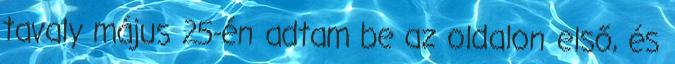
tavaly május 25-én adtam be az oldalon első, és